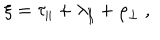
\xi = \tau _ { \parallel } + \lambda _ { \parallel } + \rho _ { \perp } ~ ,